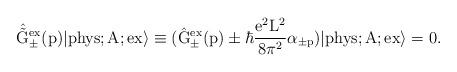
LaTeX: \begin{align*}\hat{\tilde{\rm G}}_{\pm}^{\rm ex}(p) |{\rm phys};A;\rm ex \rangle\equiv (\hat{\rm G}_{\pm}^{\rm ex}(p) \pm \hbar \frac{e^2{\rm L}^2}{8{\pi}^2} \alpha_{\pm p}) |{\rm phys};A;\rm ex \rangle =0.\end{align*}